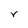
Character: v